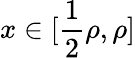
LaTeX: x\in[\frac{1}{2}\rho,\rho]